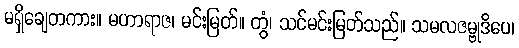
မရှိချေတကား။ မဟာရာဇ၊ မင်းမြတ်။ တွံ၊ သင်မင်းမြတ်သည်။ သမလဇမ္ဗုဒိပေ၊